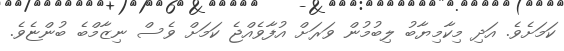
ކަމަށެވެ. އަދި މިކާމިޔާބު ލިބުމުން ވަރަށް އުފާވެއްޖެ ކަމަށް ވެސް ނިޒާމްބެ ބުންޏެވެ.